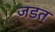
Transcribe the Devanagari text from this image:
जडत